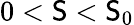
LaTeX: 0<\mathsf{S}<\mathsf{S}_{0}